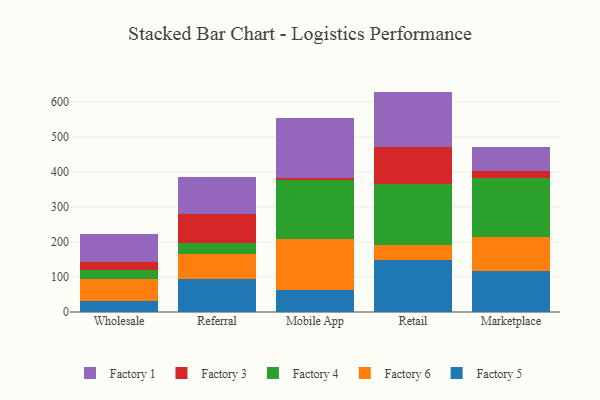
{"axis": {"x": "Channel", "y": "Temperature (°C)"}, "legend": ["Factory 1", "Factory 3", "Factory 4", "Factory 5", "Factory 6"], "data": [{"x": "Wholesale", "y": 32.2, "type": "Factory 5"}, {"x": "Wholesale", "y": 60.7, "type": "Factory 6"}, {"x": "Wholesale", "y": 25.8, "type": "Factory 4"}, {"x": "Wholesale", "y": 23.7, "type": "Factory 3"}, {"x": "Wholesale", "y": 81.5, "type": "Factory 1"}, {"x": "Referral", "y": 93.4, "type": "Factory 5"}, {"x": "Referral", "y": 73.2, "type": "Factory 6"}, {"x": "Referral", "y": 31.6, "type": "Factory 4"}, {"x": "Referral", "y": 82.7, "type": "Factory 3"}, {"x": "Referral", "y": 104.8, "type": "Factory 1"}, {"x": "Mobile App", "y": 62.6, "type": "Factory 5"}, {"x": "Mobile App", "y": 145.9, "type": "Factory 6"}, {"x": "Mobile App", "y": 169.5, "type": "Factory 4"}, {"x": "Mobile App", "y": 5.0, "type": "Factory 3"}, {"x": "Mobile App", "y": 172.5, "type": "Factory 1"}, {"x": "Retail", "y": 149.1, "type": "Factory 5"}, {"x": "Retail", "y": 42.5, "type": "Factory 6"}, {"x": "Retail", "y": 173.5, "type": "Factory 4"}, {"x": "Retail", "y": 105.3, "type": "Factory 3"}, {"x": "Retail", "y": 159.2, "type": "Factory 1"}, {"x": "Marketplace", "y": 116.5, "type": "Factory 5"}, {"x": "Marketplace", "y": 97.0, "type": "Factory 6"}, {"x": "Marketplace", "y": 169.3, "type": "Factory 4"}, {"x": "Marketplace", "y": 20.3, "type": "Factory 3"}, {"x": "Marketplace", "y": 67.1, "type": "Factory 1"}]}